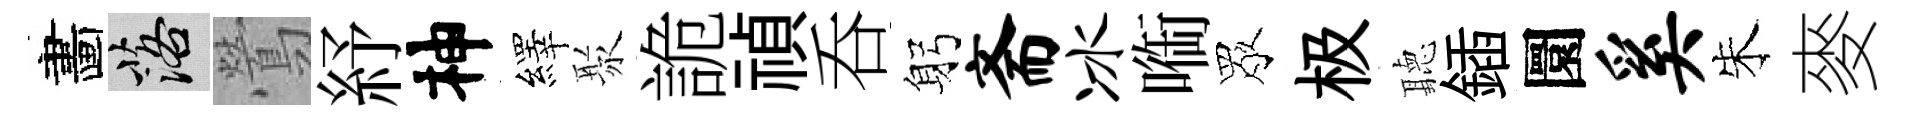
畵落鶯紓神繹聚詭禎呑躬斋冰㗸眾极聽鍤圜奚朱麥